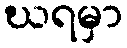
ဃရမှာ